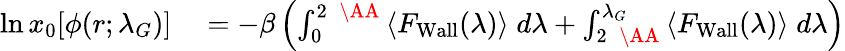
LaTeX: \begin{array}{rl}{\ln x_{0}[\phi(r;\lambda_{G})]}&{{}=-\beta\left(\int_{0}^{2\; \mathrm{~\AA~}}\langle F_{\mathrm{{Wall}}}(\lambda)\rangle\; d\lambda+\int_{2\; \mathrm{~\AA~}}^{\lambda_{G}}\langle F_{\mathrm{{Wall}}}(\lambda)\rangle\; d\lambda\right)}\end{array}